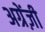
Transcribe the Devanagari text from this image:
अग्रेंज़ी